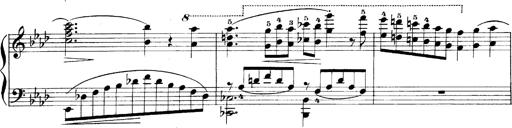
Title: LiebestrÃ¤ume
Composer: Franz Behr
Key: E-flat major